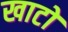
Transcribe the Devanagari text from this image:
खाटों